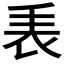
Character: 𧘰